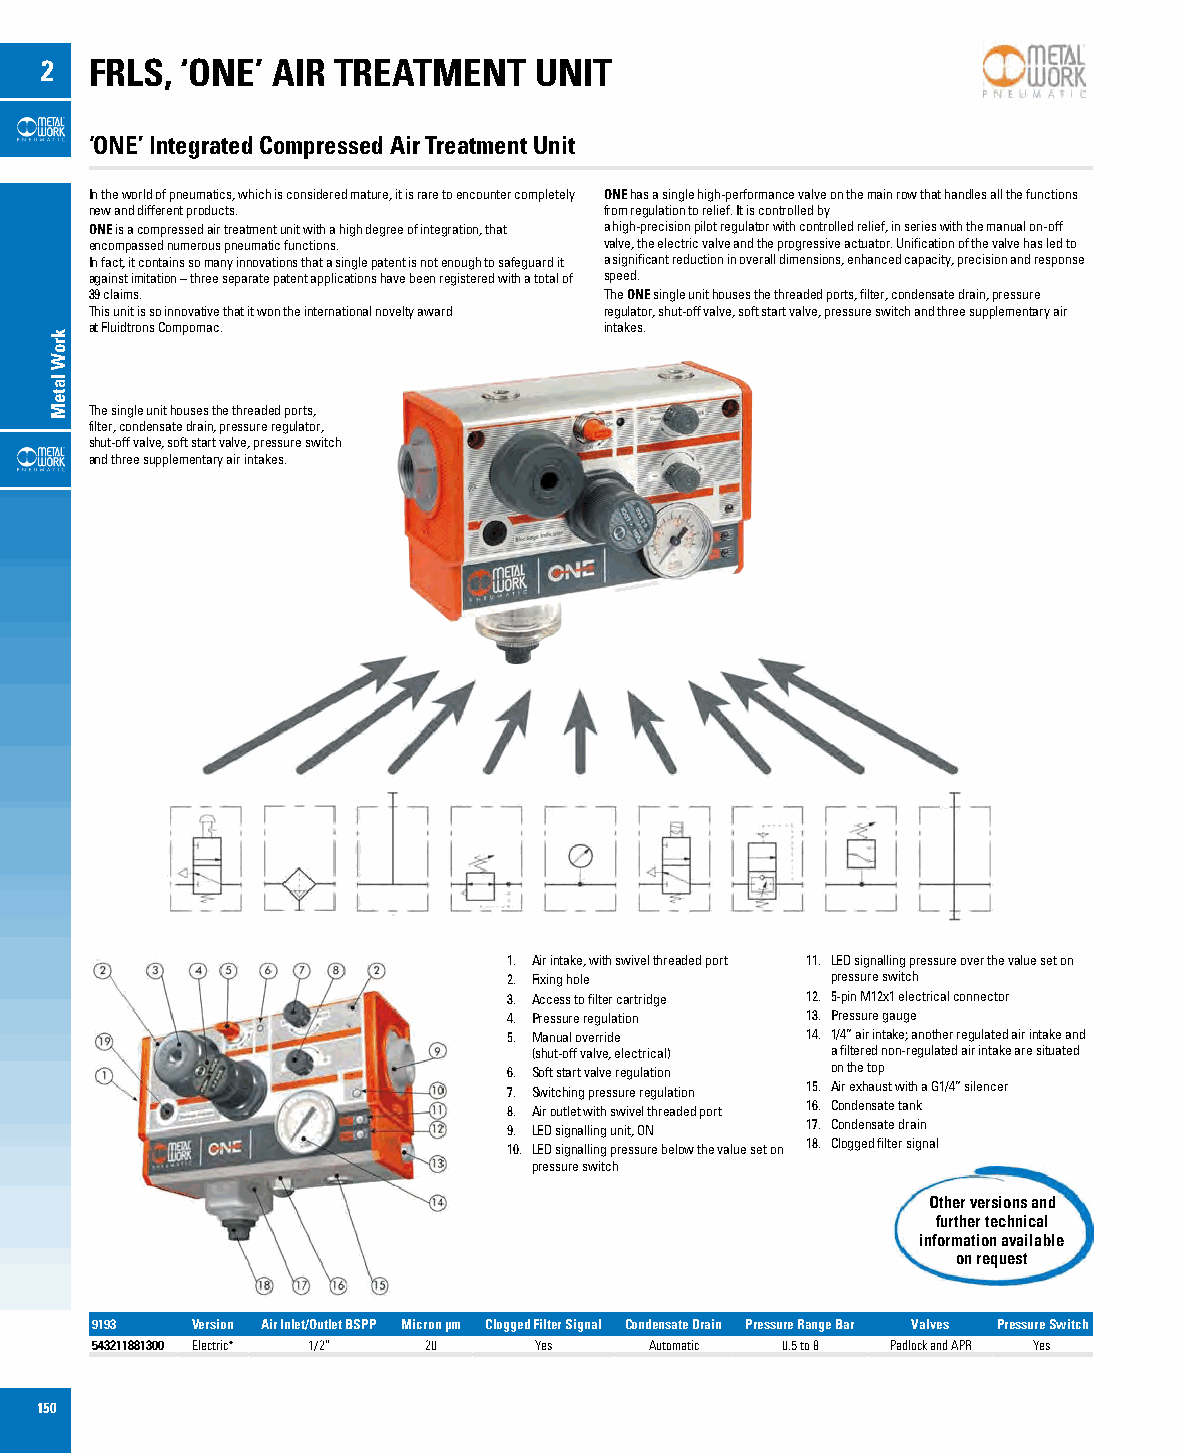
2  FRLS, ‘ONE’ AIR TREATMENT    UNIT
 ‘ONE’ Integrated Compressed Air Treatment Unit
 In the world of pneumatics, which is considered mature, it is rare to encounter completely ONE has a single high-performance valve on the main row that handles all the functions
 new and different products.       from regulation to relief. It is controlled by
 ONE is a compressed air treatment unit with a high degree of integration, that a high-precision pilot regulator with controlled relief, in series with the manual on-off
 encompassed numerous pneumatic functions. valve, the electric valve and the progressive actuator. Unification of the valve has led to
 In fact, it contains so many innovations that a single patent is not enough to safeguard it a significant reduction in overall dimensions, enhanced capacity, precision and response
 against imitation – three separate patent applications have been registered with a total of speed.
 39 claims.                        The ONE single unit houses the threaded ports, filter, condensate drain, pressure
 This unit is so innovative that it won the international novelty award regulator, shut-off valve, soft start valve, pressure switch and three supplementary air
 at Fluidtrons Compomac.           intakes.
 The single unit houses the threaded ports,
 filter, condensate drain, pressure regulator,
 shut-off valve, soft start valve, pressure switch
 and three supplementary air intakes.
 1. Air intake, with swivel threaded port 11. LED signalling pressure over the value set on
 2. Fixing hole       pressure switch
 3. Access to filter cartridge 12. 5-pin M12x1 electrical connector
 4. Pressure regulation 13. Pressure gauge
 5. Manual override 14. 1/4” air intake; another regulated air intake and
 (shut-off valve, electrical) a filtered non-regulated air intake are situated
 6. Soft start valve regulation on the top
 7. Switching pressure regulation 15. Air exhaust with a G1/4” silencer
 8. Air outlet with swivel threaded port 16. Condensate tank
 9. LED signalling unit, ON 17. Condensate drain
 10. LED signalling pressure below the value set on 18. Clogged filter signal
 pressure switch
 Other versions and
 further technical
 information available
 on request
 BSPP
 9193   Version Air Inlet/Outlet BSPP Micron µm Clogged Filter Signal Condensate Drain Pressure Range Bar Valves Pressure Switch
 543211881300 Electric* 1/2” 20 Yes   Automatic 0.5 to 8 Padlock and APR Yes
 150
 kroW
 lateM